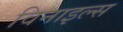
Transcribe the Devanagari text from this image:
विनाइल्स